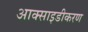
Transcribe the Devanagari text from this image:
आक्साइडीकरण